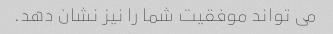
می تواند موفقیت شما را نیز نشان دهد.